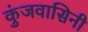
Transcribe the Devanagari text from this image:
कुंजवासिनी